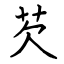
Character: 芡